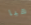
هيا